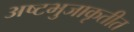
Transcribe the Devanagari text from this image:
अष्टभुजाकृतीत